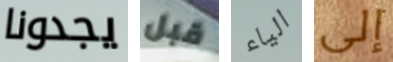
يجدونا قبل الياء إلى